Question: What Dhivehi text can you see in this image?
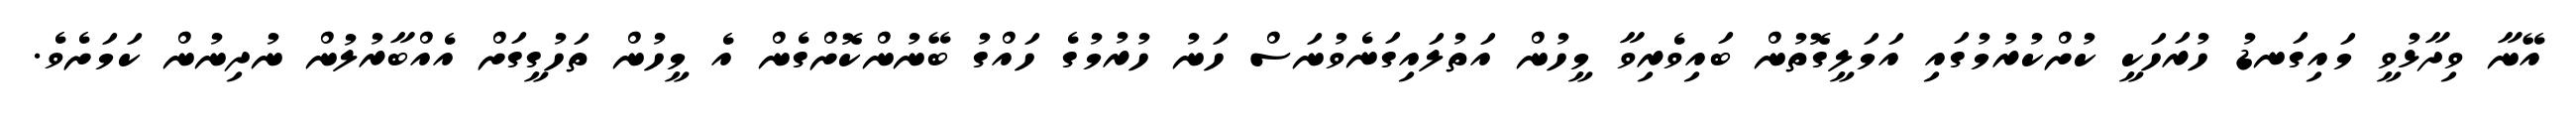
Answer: އޭނާ ވިދާޅުވީ މައިގަނޑު ހުރަހަކީ ކުށްކުރުމުގައި އަމަލީގޮތުން ބައިވެރިވާ މީހުން އަތުލައިގަނެވުނަސް ހަނު ހުރުމުގެ ހައްގު ބޭނުންކޮށްގެން އެ މީހުން ތަހުގީގަށް އެއްބާރުލުން ނުދިނުން ކަމަށެވެ.